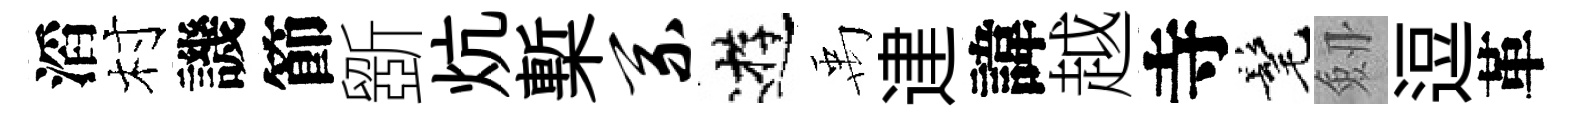
滔村譏節斵炕槧系逰禹䢖諱越寺髦劔逗革